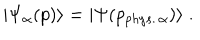
LaTeX: | \Psi _ { \alpha } ( p ) \rangle = | \Psi ( p _ { p h y s . \, \alpha } ) \rangle \; .